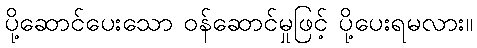
ပို့ဆောင်ပေးသော ဝန်ဆောင်မှုဖြင့် ပို့ပေးရမလား။